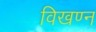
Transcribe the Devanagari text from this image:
विखण्न